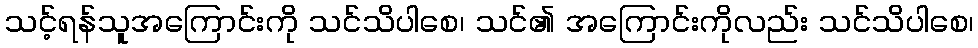
သင့်ရန်သူအကြောင်းကို သင်သိပါစေ၊ သင်၏ အကြောင်းကိုလည်း သင်သိပါစေ၊